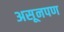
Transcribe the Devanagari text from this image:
असूनपण